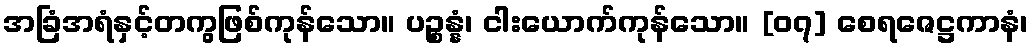
အခြံအရံနှင့်တကွဖြစ်ကုန်သော။ ပဉ္စန္နံ၊ ငါးယောက်ကုန်သော။ [၀၇] စေရဇေဋ္ဌကာနံ၊